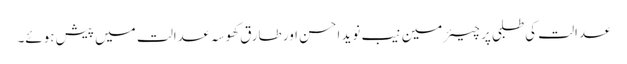
عدالت کی طلبی پر چیئرمین نیب نوید احسن اور طارق کھوسہ عدالت میں پیش ہوئے۔